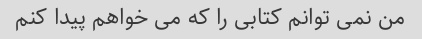
من نمی توانم کتابی را که می خواهم پیدا کنم